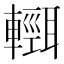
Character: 𨏄